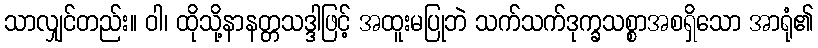
သာလျှင်တည်း။ ဝါ၊ ထိုသို့နာနတ္တသဒ္ဒါဖြင့် အထူးမပြုဘဲ သက်သက်ဒုက္ခသစ္စာအစရှိသော အာရုံ၏